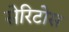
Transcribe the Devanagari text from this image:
सेरिटोस